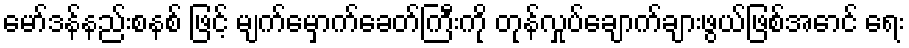
မော်ဒန်နည်းစနစ် ဖြင့် မျက်မှောက်ခေတ်ကြီးကို တုန်လှုပ်ချောက်ချားဖွယ်ဖြစ်အောင် ရေး